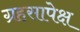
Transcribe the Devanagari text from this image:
ग्रहसापेक्ष